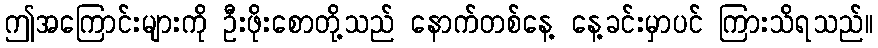
ဤအကြောင်းများကို ဦးဖိုးစောတို့သည် နောက်တစ်နေ့ နေ့ခင်းမှာပင် ကြားသိရသည်။